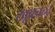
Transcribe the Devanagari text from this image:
खूबचन्द्र